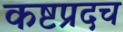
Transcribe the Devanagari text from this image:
कष्टप्रदच